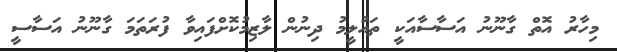
މިހާރު އޮތް ގާނޫނު އަސާސާއަކީ ތައުލީމު ދިނުން ލާޒިމުކޮށްފައިވާ ފުރަތަމަ ގާނޫނު އަސާސީ